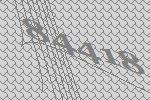
84418